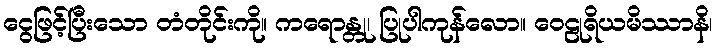
ငွေဖြင့်ပြီးသော တံတိုင်းကို။ ကရောန္တု၊ ပြုပါကုန်လော။ ဝေဠုရိယမိဿာနိ၊